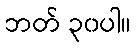
ဘတ် ၃၀ပါ။